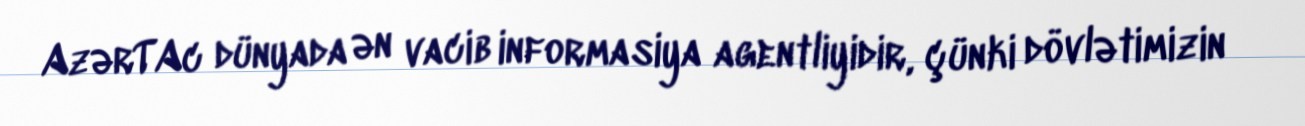
AzərTAc dünyada ən vacib informasiya agentliyidir, çünki dövlətimizin